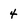
Character: 4